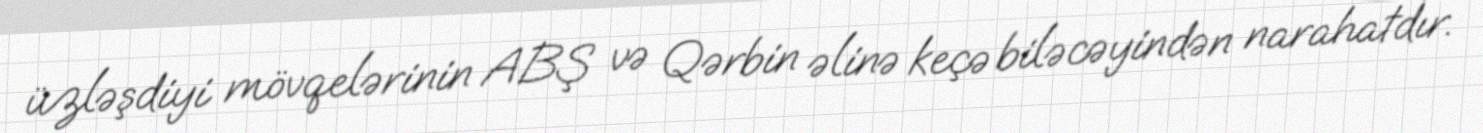
üzləşdiyi mövqelərinin ABŞ və Qərbin əlinə keçə biləcəyindən narahatdır.